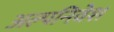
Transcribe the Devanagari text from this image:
अल्पनिवेश